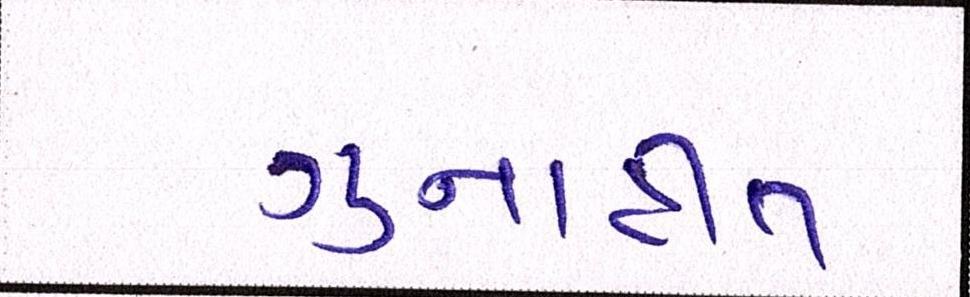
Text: ગુનાહીત